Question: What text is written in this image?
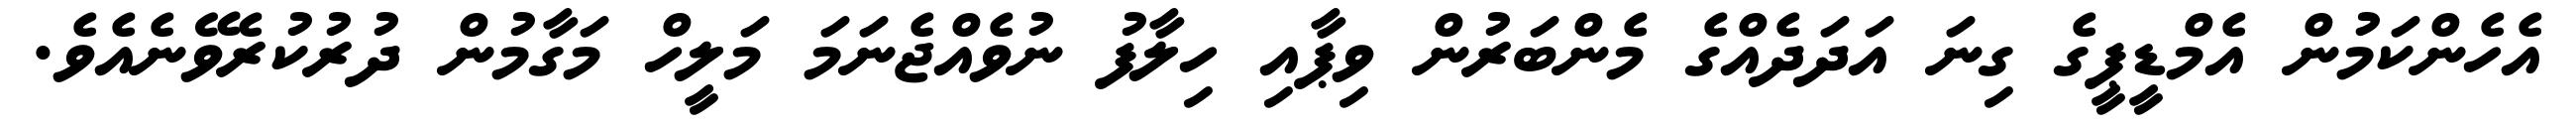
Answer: އެހެންކަމުން އެމްޑީޕީގެ ގިނަ އަދަދެއްގެ މެންބަރުން ވިޕާއި ހިލާފު ނުވެއްޖެނަމަ މަލީހް މަގާމުން ދުރުކުރެވޭނެއެވެ.